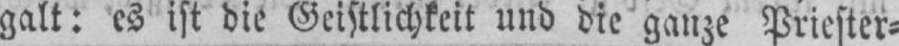
galt: es ist die Geistlichkeit und die ganze Priester⸗